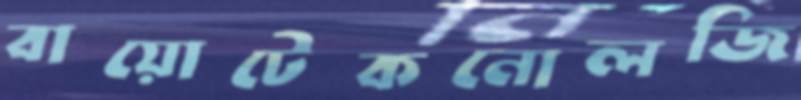
বায়োটেকনোলজি